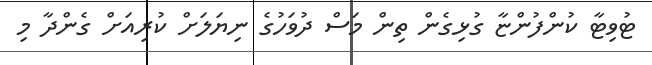
ޓުވިޓާ ކުންފުންޏާ ގުޅިގެން ތިން މަސް ދުވަހުގެ ނިޔަލަށް ކުރިއަށް ގެންދާ މި